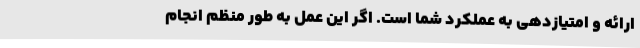
ارائه و امتیازدهی به عملکرد شما است. اگر این عمل به طور منظم انجام